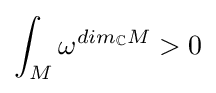
\int _{M}\omega ^{dim_{\mathbb {C} }M}>0